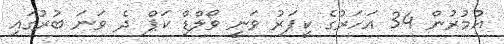
އުމުރުން 34 އަހަރުގެ ކީޕަރު ވަނީ ވޯލްޑް ކަޕް ދެ ވަނަ ބުރުގައި